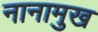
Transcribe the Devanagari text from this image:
नानामुख